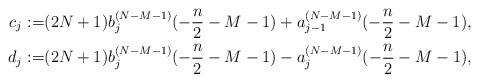
LaTeX: \begin{align*} c_j:=&(2N+1)b_j^{(N-M-1)}(-\frac n2-M-1)+a_{j-1}^{(N-M-1)}(-\frac n2-M-1),\\ d_j:=&(2N+1)b_j^{(N-M-1)}(-\frac n2-M-1)-a_{j}^{(N-M-1)}(-\frac n2-M-1), \end{align*}